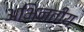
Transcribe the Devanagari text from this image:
अभिनतीय